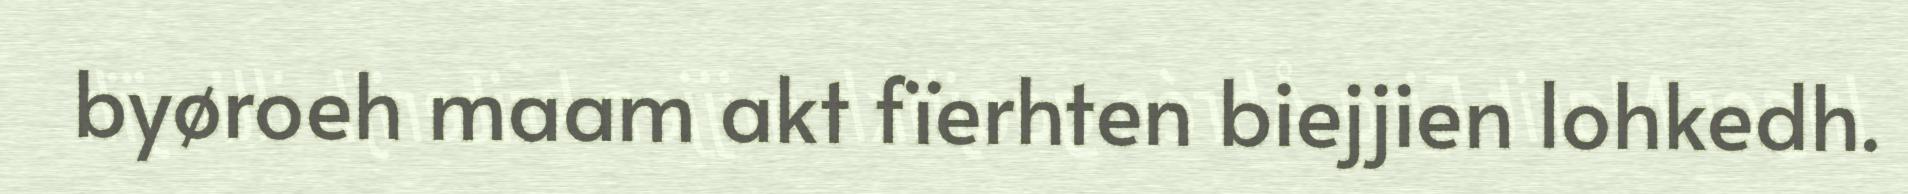
byøroeh maam akt fïerhten biejjien lohkedh.